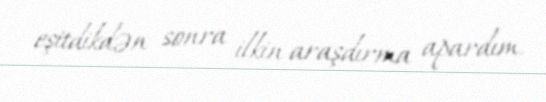
eşitdikdən sonra ilkin araşdırma apardım.